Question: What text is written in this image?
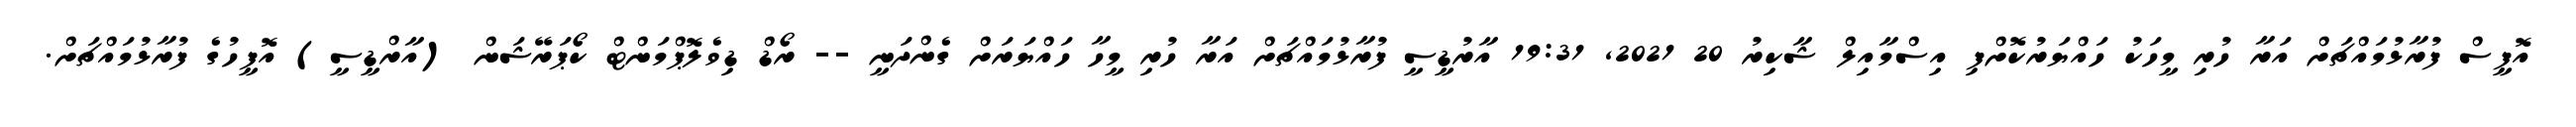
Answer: އޮފީސް ފުރާޅުމައްޗަށް އަރާ ހުރި މީހަކު ހައްޔަރުކޮށްފި އިސްމާއިލް ޝާކިރު 20 2021, 19:31 އާރުޑީސީ ފުރާޅުމައްޗަށް އަރާ ހުރި މީހާ ހައްޔަރަށް ގެންދަނީ -- ރޯޑް ޑިވެލޮޕްމަންޓް ކޯޕަރޭޝަން (އާރްޑީސީ) އޮފީހުގެ ފުރާޅުމައްޗަށް.